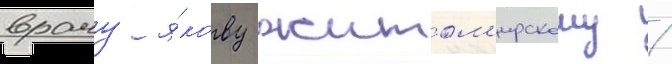
врачу я́кову житом'ирскому /